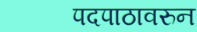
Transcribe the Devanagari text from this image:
पदपाठावरुन